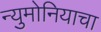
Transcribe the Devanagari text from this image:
न्युमोनियाचा